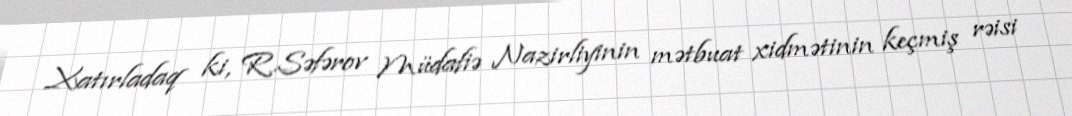
Xatırladaq ki, R.Səfərov Müdafiə Nazirliyinin mətbuat xidmətinin keçmiş rəisi